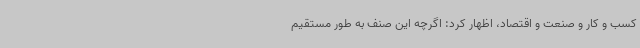
کسب و کار و صنعت و اقتصاد، اظهار کرد: اگرچه این صنف به طور مستقیم